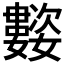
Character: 𭒰